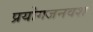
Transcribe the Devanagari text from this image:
प्रयोगजनवश